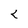
Character: K